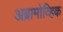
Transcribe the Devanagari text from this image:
अब्रामोव्हिक